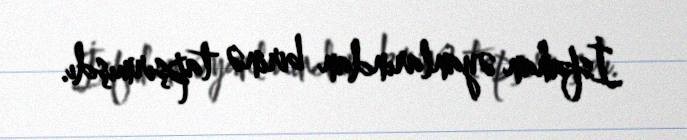
İsfahan əyanlarından birinə tapşırmışdı.